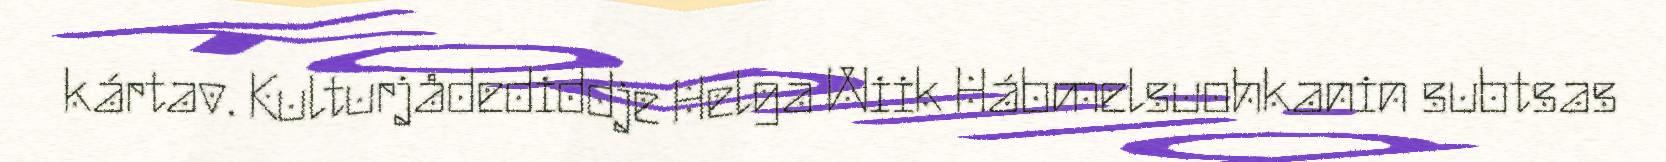
kártav. Kulturjådediddje Helga Wiik Hábmelsuohkanin subtsas